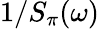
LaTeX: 1/S_{\pi}(\omega)